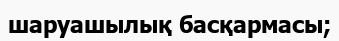
шаруашылық басқармасы;